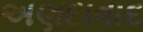
અણદાવાદ